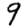
Digit: 9